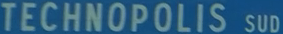
TECHNOPOLIS SUD